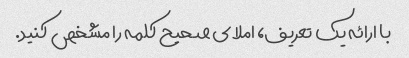
با ارائه یک تعریف، املای صحیح کلمه را مشخص کنید.